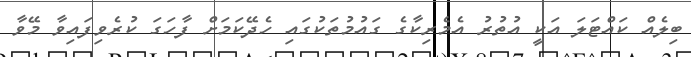
ބިލެއް ކައްޓަލަ އަކީ އުތުރު އެމެރިކާގެ ގައުމުތަކުގައި ހެދޭކަމަށް ފާހަގަ ކުރެވިފައިވާ މޭވާ